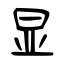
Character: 显